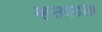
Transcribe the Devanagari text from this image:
म्हसवडला